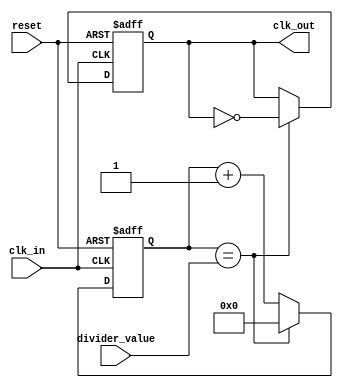
module programmable_clock_divider (
    input wire clk_in,
    input wire reset,
    input wire [7:0] divider_value,
    output wire clk_out
);

reg [7:0] counter;

always @(posedge clk_in or posedge reset) begin
    if (reset) begin
        counter <= 8'b00000000;
        clk_out <= 1'b0;
    end else begin
        if (counter == divider_value) begin
            counter <= 8'b00000000;
            clk_out <= ~clk_out;
        end else begin
            counter <= counter + 1;
        end
    end
end

endmodule